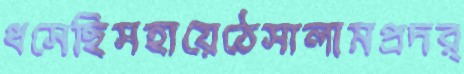
ধসেছিসহায়েঠেসালামপ্রদর্